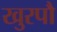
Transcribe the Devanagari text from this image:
खुरपौ